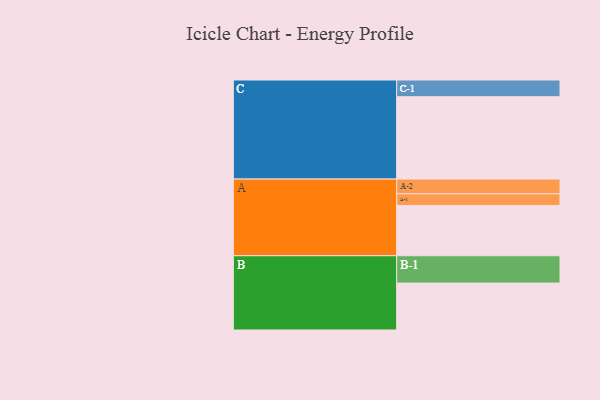
{"axis": {"x": "Segment", "y": "Value"}, "legend": ["", "A", "B", "C"], "data": [{"x": "A", "y": 355, "type": ""}, {"x": "B", "y": 331, "type": ""}, {"x": "C", "y": 581, "type": ""}, {"x": "A-1", "y": 82, "type": "A"}, {"x": "A-2", "y": 104, "type": "A"}, {"x": "B-1", "y": 193, "type": "B"}, {"x": "C-1", "y": 118, "type": "C"}]}